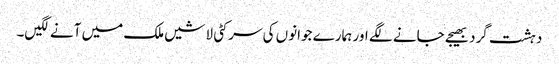
دہشت گرد بھیجے جانے لگے اور ہمارے جوانوں کی سر کٹی لاشیں ملک میں آنے لگیں۔